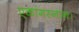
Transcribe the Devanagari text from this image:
एकांगस्नान।